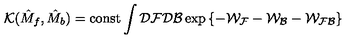
{ \mathcal { K } } ( \hat { M } _ { f } , \hat { M } _ { b } ) = \mathrm { c o n s t } \int { \mathcal { D } } { \mathcal { F } } { \mathcal { D } } { \mathcal { B } } \exp \left\{ - { \mathcal { W _ { F } } } - { \mathcal { W _ { B } } } - { \mathcal { W _ { F B } } } \right\}